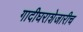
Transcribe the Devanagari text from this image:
गादीघराशेजारीच